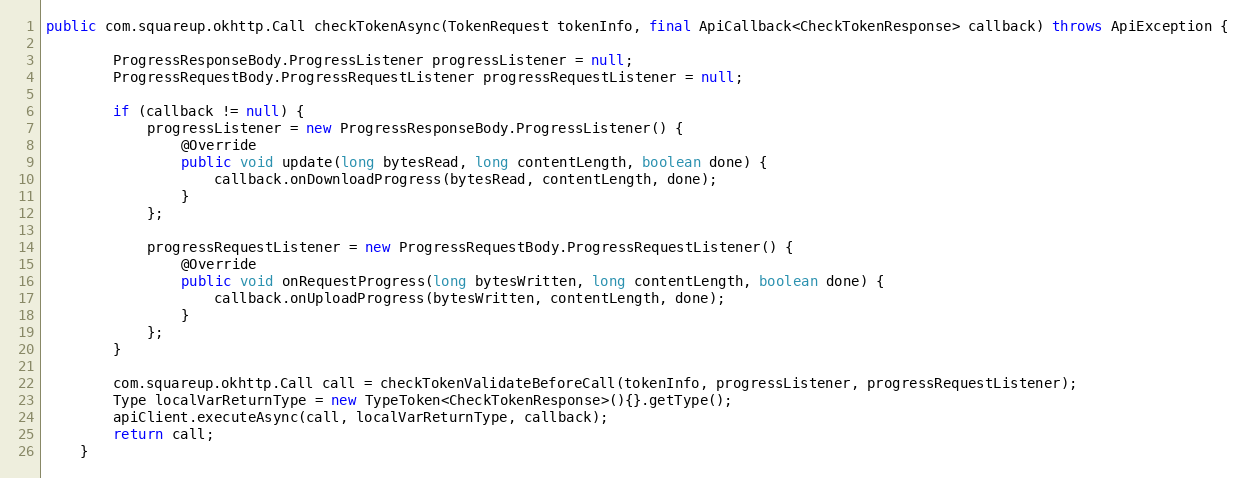
Language: Java
public com.squareup.okhttp.Call checkTokenAsync(TokenRequest tokenInfo, final ApiCallback<CheckTokenResponse> callback) throws ApiException {

        ProgressResponseBody.ProgressListener progressListener = null;
        ProgressRequestBody.ProgressRequestListener progressRequestListener = null;

        if (callback != null) {
            progressListener = new ProgressResponseBody.ProgressListener() {
                @Override
                public void update(long bytesRead, long contentLength, boolean done) {
                    callback.onDownloadProgress(bytesRead, contentLength, done);
                }
            };

            progressRequestListener = new ProgressRequestBody.ProgressRequestListener() {
                @Override
                public void onRequestProgress(long bytesWritten, long contentLength, boolean done) {
                    callback.onUploadProgress(bytesWritten, contentLength, done);
                }
            };
        }

        com.squareup.okhttp.Call call = checkTokenValidateBeforeCall(tokenInfo, progressListener, progressRequestListener);
        Type localVarReturnType = new TypeToken<CheckTokenResponse>(){}.getType();
        apiClient.executeAsync(call, localVarReturnType, callback);
        return call;
    }